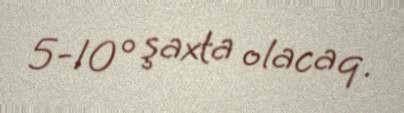
5-10° şaxta olacaq.